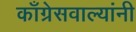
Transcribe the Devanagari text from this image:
काँग्रेसवाल्यांनी